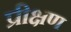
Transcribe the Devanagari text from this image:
प्रीक्षण